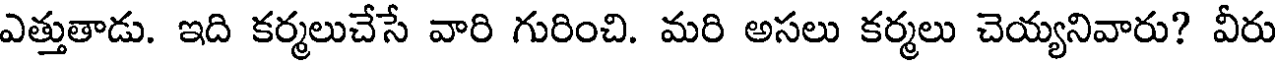
ఎత్తుతాడు. ఇది కర్మలుచేసే వారి గురించి. మరి అసలు కర్మలు చెయ్యనివారు? వీరు